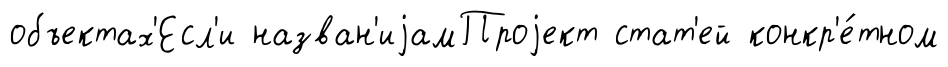
объектах'Есл'и назван'иjамПроjект стат'ей конкр'е́тном